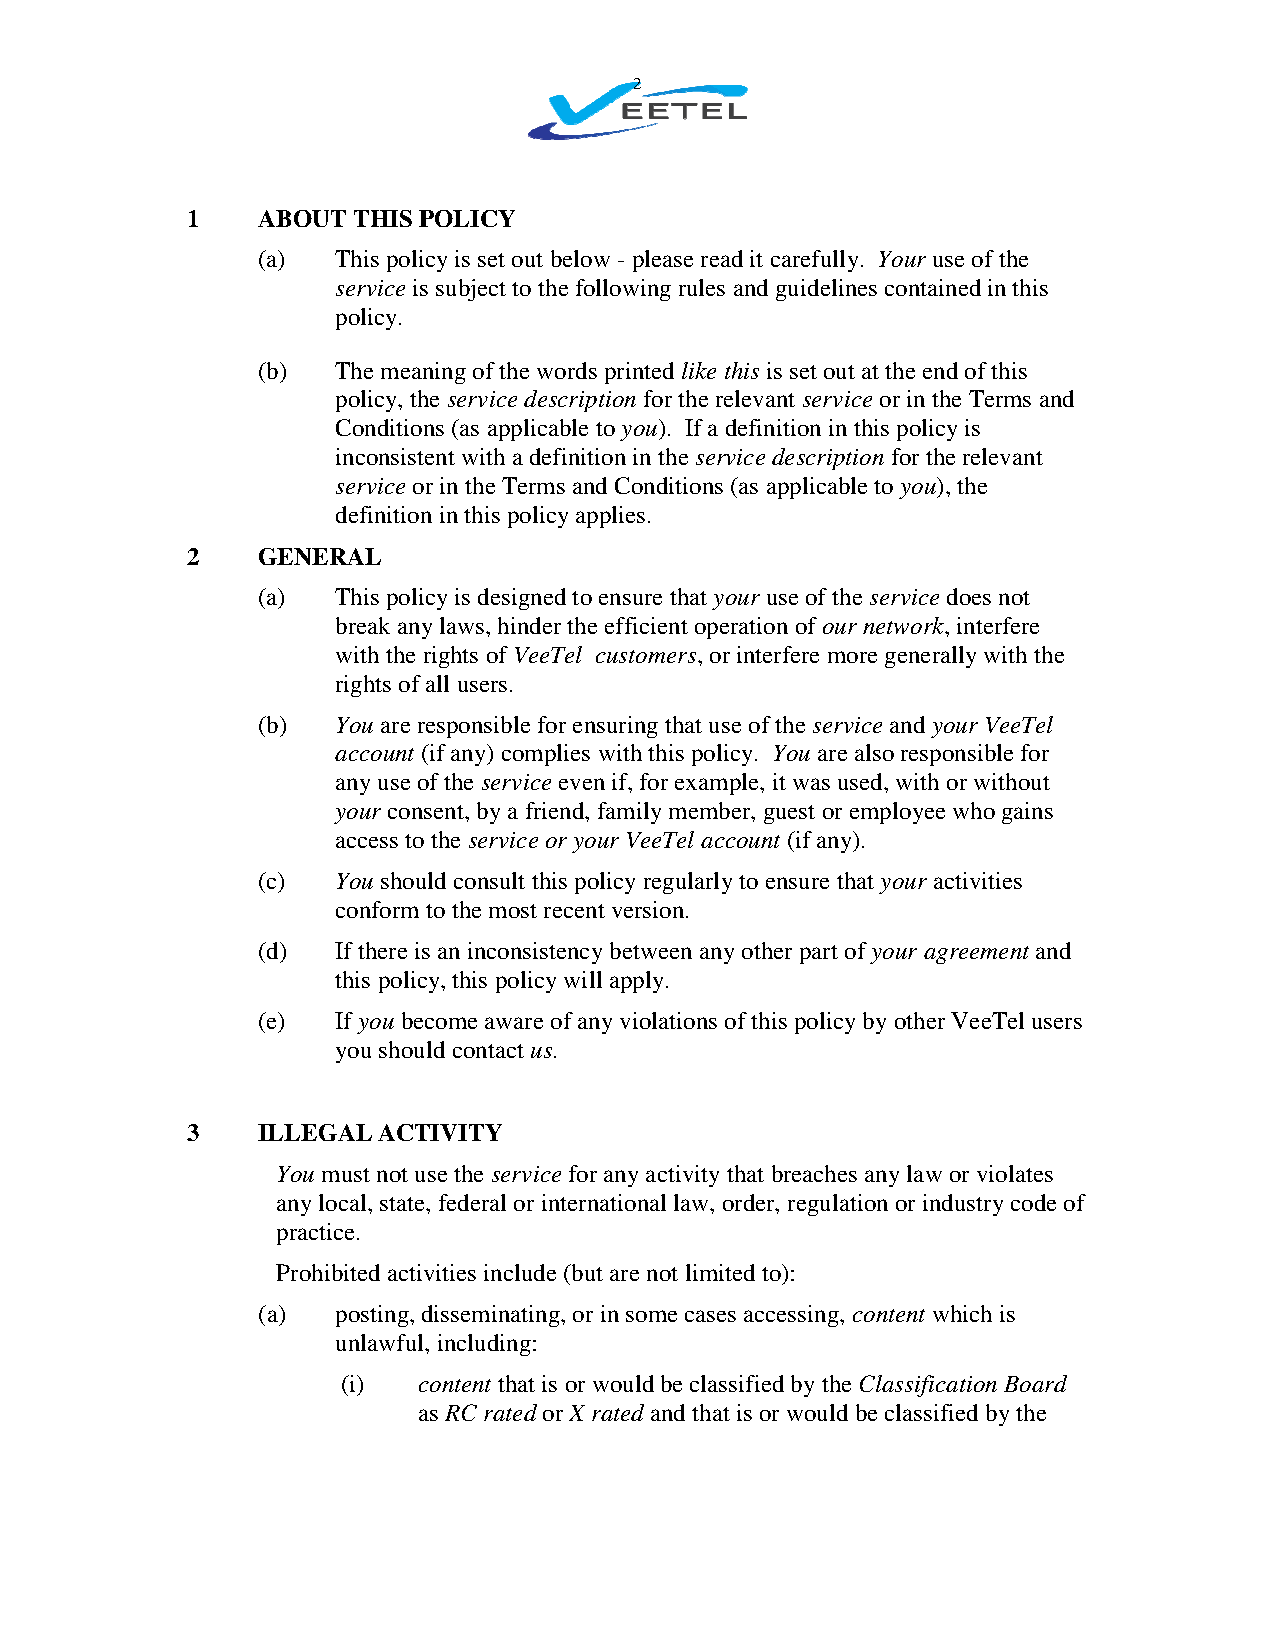
2
 1    ABOUT THIS POLICY
 (a)  This policy is set out below - please read it carefully. Your use of the
 service is subject to the following rules and guidelines contained in this
 policy.
 (b)  The meaning of the words printed like this is set out at the end of this
 policy, the service description for the relevant service or in the Terms and
 Conditions (as applicable to you). If a definition in this policy is
 inconsistent with a definition in the service description for the relevant
 service or in the Terms and Conditions (as applicable to you), the
 definition in this policy applies.
 2    GENERAL
 (a)  This policy is designed to ensure that your use of the service does not
 break any laws, hinder the efficient operation of our network, interfere
 with the rights of VeeTel customers, or interfere more generally with the
 rights of all users.
 (b)  You are responsible for ensuring that use of the service and your VeeTel
 account (if any) complies with this policy. You are also responsible for
 any use of the service even if, for example, it was used, with or without
 your consent, by a friend, family member, guest or employee who gains
 access to the service or your VeeTel account (if any).
 (c)  You should consult this policy regularly to ensure that your activities
 conform to the most recent version.
 (d)  If there is an inconsistency between any other part of your agreement and
 this policy, this policy will apply.
 (e)  If you become aware of any violations of this policy by other VeeTel users
 you should contact us.
 3    ILLEGAL ACTIVITY
 You must not use the service for any activity that breaches any law or violates
 any local, state, federal or international law, order, regulation or industry code of
 practice.
 Prohibited activities include (but are not limited to):
 (a)  posting, disseminating, or in some cases accessing, content which is
 unlawful, including:
 (i)  content that is or would be classified by the Classification Board
 as RC rated or X rated and that is or would be classified by the